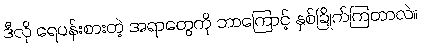
ဒီလို ရေပန်းစားတဲ့ အရာတွေကို ဘာကြောင့် နှစ်ခြိုက်ကြတာလဲ။